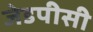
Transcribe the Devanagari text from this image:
जेडपीसी